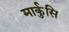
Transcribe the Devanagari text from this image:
मार्कुसि